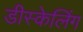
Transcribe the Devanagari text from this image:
डीस्केलिंग